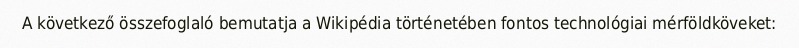
A következő összefoglaló bemutatja a Wikipédia történetében fontos technológiai mérföldköveket: